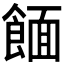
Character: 𫗖